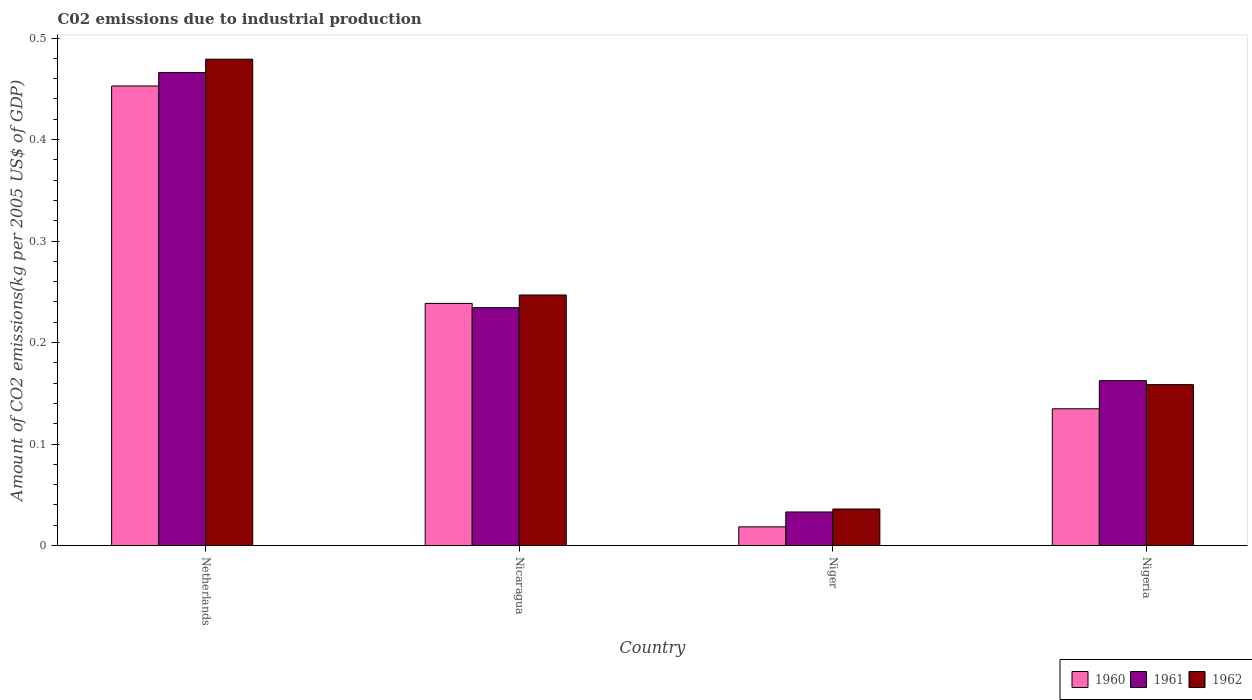
| Country | 1960 | 1961 | 1962 |
 | --- | --- | --- | --- |
 | Netherlands | 0.453 | 0.466 | 0.479 |
 | Nicaragua | 0.239 | 0.234 | 0.247 |
 | Niger | 0.0185 | 0.0331 | 0.036 |
 | Nigeria | 0.135 | 0.162 | 0.159 |